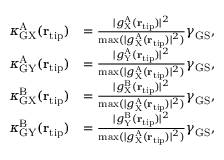
\begin{array} { r l } { \kappa _ { \mathrm { G X } } ^ { \mathrm { A } } ( { \bf r } _ { \mathrm { t i p } } ) } & { = \frac { | g _ { \mathrm { X } } ^ { \mathrm { A } } ( { \bf r } _ { \mathrm { t i p } } ) | ^ { 2 } } { \operatorname* { m a x } ( | g _ { \mathrm { X } } ^ { \mathrm { A } } ( { \bf r } _ { \mathrm { t i p } } ) | ^ { 2 } ) } \gamma _ { \mathrm { G S } } , } \\ { \kappa _ { \mathrm { G Y } } ^ { \mathrm { A } } ( { \bf r } _ { \mathrm { t i p } } ) } & { = \frac { | g _ { \mathrm { Y } } ^ { \mathrm { A } } ( { \bf r } _ { \mathrm { t i p } } ) | ^ { 2 } } { \operatorname* { m a x } ( | g _ { \mathrm { X } } ^ { \mathrm { A } } ( { \bf r } _ { \mathrm { t i p } } ) | ^ { 2 } ) } \gamma _ { \mathrm { G S } } , } \\ { \kappa _ { \mathrm { G X } } ^ { \mathrm { B } } ( { \bf r } _ { \mathrm { t i p } } ) } & { = \frac { | g _ { \mathrm { X } } ^ { \mathrm { B } } ( { \bf r } _ { \mathrm { t i p } } ) | ^ { 2 } } { \operatorname* { m a x } ( | g _ { \mathrm { X } } ^ { \mathrm { A } } ( { \bf r } _ { \mathrm { t i p } } ) | ^ { 2 } ) } \gamma _ { \mathrm { G S } } , } \\ { \kappa _ { \mathrm { G Y } } ^ { \mathrm { B } } ( { \bf r } _ { \mathrm { t i p } } ) } & { = \frac { | g _ { \mathrm { Y } } ^ { \mathrm { B } } ( { \bf r } _ { \mathrm { t i p } } ) | ^ { 2 } } { \operatorname* { m a x } ( | g _ { \mathrm { X } } ^ { \mathrm { A } } ( { \bf r } _ { \mathrm { t i p } } ) | ^ { 2 } ) } \gamma _ { \mathrm { G S } } , } \end{array}